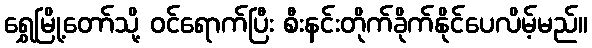
ရွှေမြို့တော်သို့ ဝင်ရောက်ပြီး စီးနင်းတိုက်ခိုက်နိုင်ပေလိမ့်မည်။